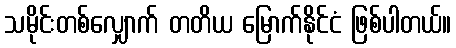
သမိုင်းတစ်လျှောက် တတိယ မြောက်နိုင်ငံ ဖြစ်ပါတယ်။